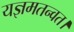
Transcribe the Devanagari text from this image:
यज्ञमतन्वत।